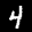
Label: 4